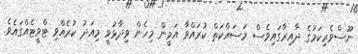
ނޫސްވެރިކަމުގެ ދާއިރާގައިވެސް މަސައްކަތް ކުރައްވާ އަމީން މިހެން ވިދާޅުވީ މިއަދު ކުރެއްވި ޓްވީޓެއްގައެވެ.